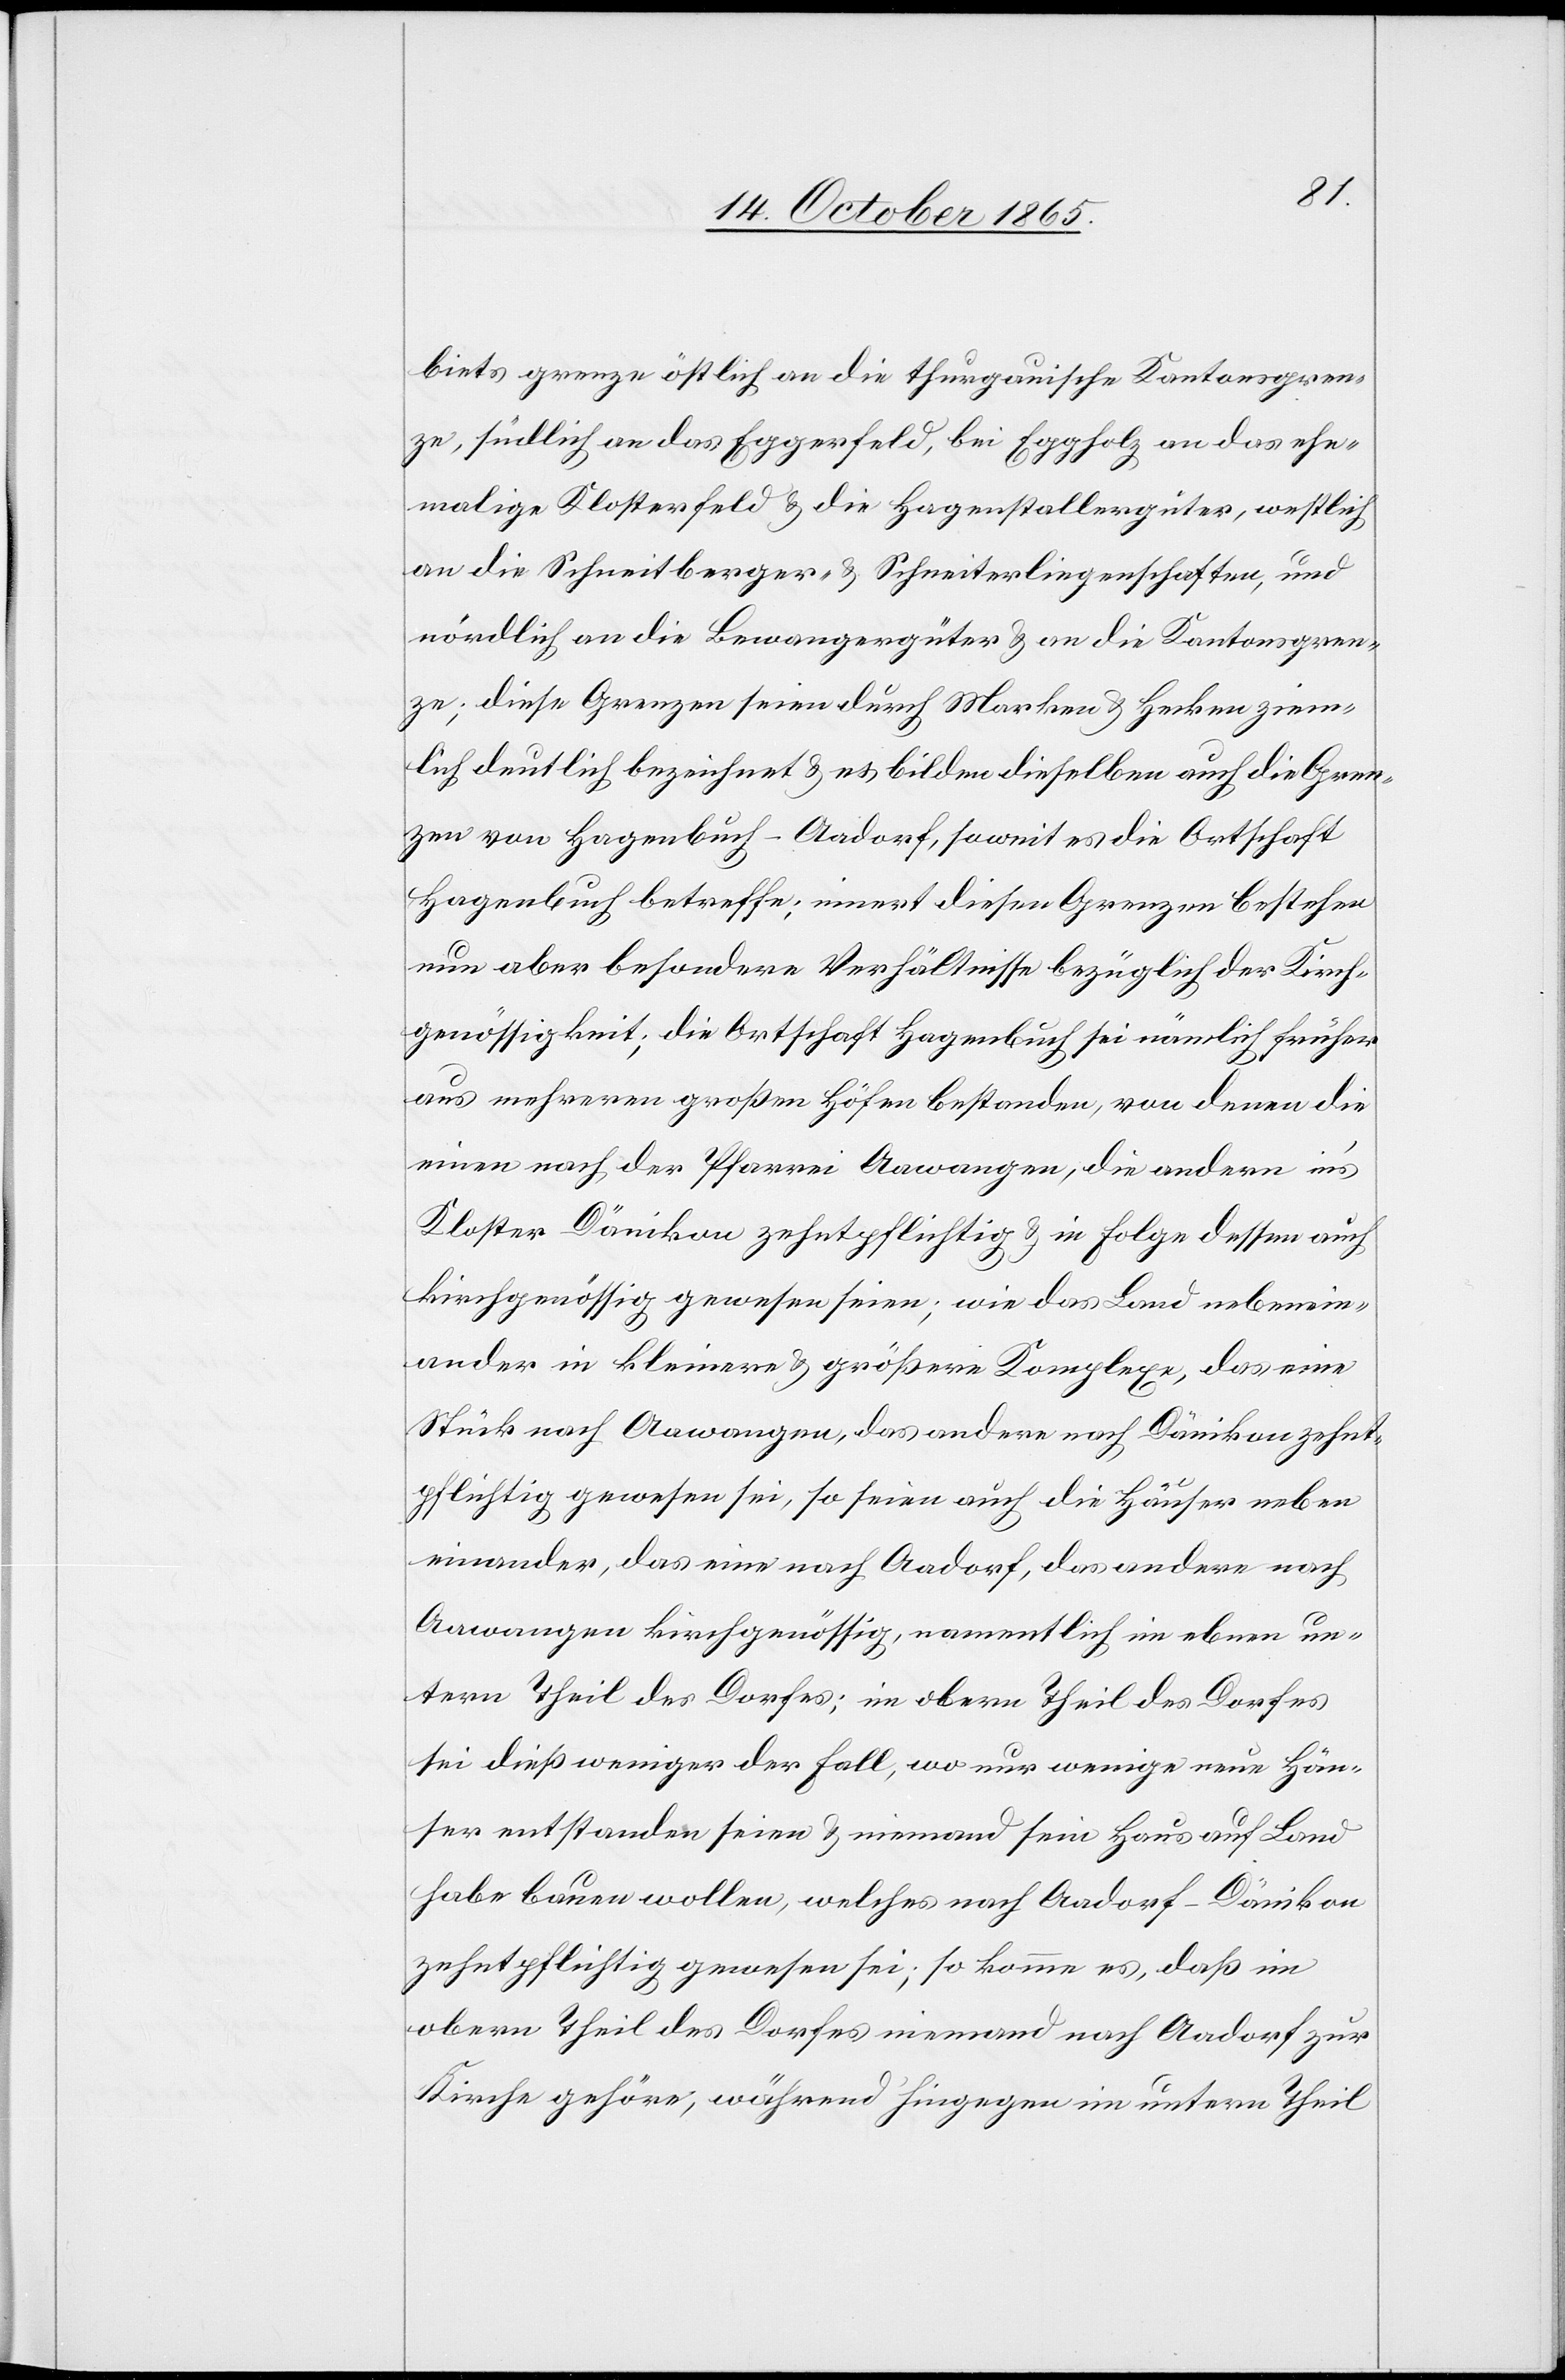
biets grenze östlich an die thurgauische Kantonsgren¬
ze, südlich an das Eggerfeld, bei Eggholz an das ehe¬
malige Klosterfeld & die Hagenstallergüter, westlich
an die Schneitberger- & Schneiterliegenschaften, und
nördlich an die Bewangergüter & an die Kantonsgren¬
ze; diese Grenzen seien durch Marken & Hecken ziem¬
lich deutlich bezeichnet & es bilden dieselben auch die Gren¬
zen von Hagenbuch-Aadorf, soweit es die Ortschaft
Hagenbuch betreffe; innert diesen Grenzen bestehen
nun aber besondere Verhältnisse bezüglich der Kirch¬
genössigkeit; die Ortschaft Hagenbuch sei nämlich früher
aus mehreren großen Höfen bestanden, von denen die
einen nach der Pfarrei Aawangen, die andern in’s
Kloster Dänikon zehntpflichtig & in Folge dessen auch
kirchgenössig gewesen seien; wie das Land nebenein¬
ander in kleinere & größere Komplexe, das eine
Stück nach Aawangen, das andere nach Dänikon zehnt¬
pflichtig gewesen sei, so seien auch die Häuser neben
einander, das eine nach Aadorf, das andere nach
Aawangen kirchgenössig, namentlich im ebnen un¬
tern Theil des Dorfes; im obern Theil des Dorfes
sei dieß weniger der Fall, wo nur wenige neue Häu¬
ser entstanden seien & niemand sein Haus auf Land
habe bauen wollen, welches nach Aadorf-Dänikon
zehntpflichtig gewesen sei; so komme es, daß im
obern Theil des Dorfes niemand nach Aadorf zur
Kirche gehöre, während hingegen im untern Theil